Investigations into the jail dietaries of the United Provinces with some observations on the influence of dietary on the physical development and well-being of the people of the United Provinces - Number 48
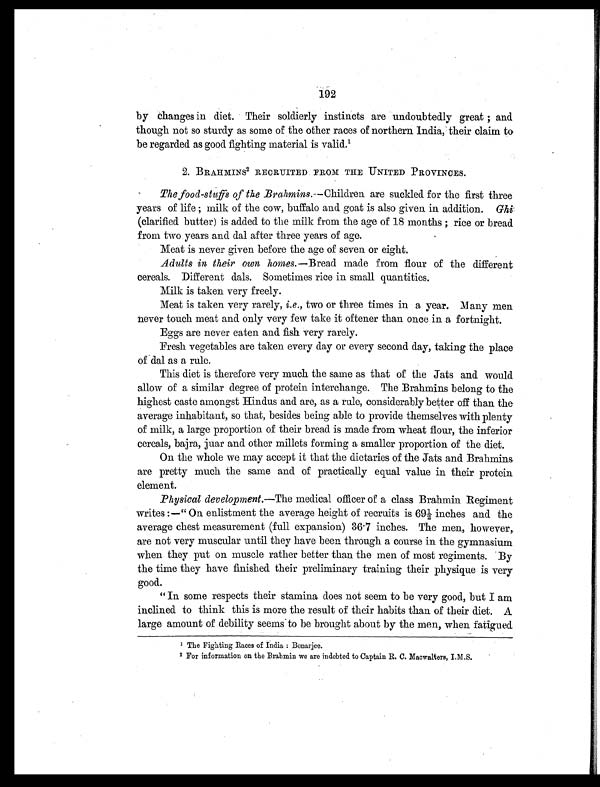
192
by Changes in diet. Their soldierly instincts are undoubtedly great ; and
though not so sturdy as some of the other races of northern India, their claim to
be regarded as good fighting material is valid.1
2. BRAHMINS2 RECRUITED. FROM THE UNITED PROVINCES.
The food-stuffs of the Brahmins.—Children are suckled for the first three
years of life ; milk of the cow, buffalo and goat is also given in addition. Ghi
(clarified butter) is added to the milk from the age of 18 months ; rice or bread
from two years and dal after three years of age.
Meat is never given before the age of seven or eight.
Adults in their own homes. —Bread made from flour of the different
cereals. Different dals. Sometimes rice in small quantities.
Milk is taken very freely.
Meat is taken very rarely, i.e. , two or three times in a year. Many men
never touch meat and only very few take it oftener than once in a fortnight.
Eggs are never eaten and fish very rarely.
Fresh vegetables are taken every day or every second day, taking the place
of dal as a rule.
This diet is therefore very much the same as that of the Jats and would
allow of a similar degree of protein interchange. The Brahmins belong to the
highest caste amongst Hindus and are, as a rule, considerably better off than the
average inhabitant, so that, besides being able to provide themselves with plenty
of milk, a large proportion of their bread is made from wheat flour, the inferior
cereals, bajra, juar and other millets forming a smaller proportion of the diet.
On the whole we may accept it that the dietaries of the Jats and Brahmins
are pretty much the same and of practically equal value in their protein
element.
Physical development. —The medical officer of a class Brahmin Regiment
writes :—" On enlistment the average height of recruits is 69½ inches and the
average chest measurement (full expansion) 36 . 7 inches. The men, however,
are not very muscular until they have been through a course in the gymnasium
when they put on muscle rather better than the men of most regiments. By
the time they have finished their preliminary training their physique is very
good.
" In some respects their stamina does not seem to be very good, but I am
inclined to think this is more the result of their habits than of their diet. A
large amount of debility seems to be brought about by the men, when fatigued
1 T h e F i g h t i n g R a c e s o f I n d i a : B o n a r j e e .
2 For information on the Brahmin we are indebted to Captain R. C. Macwalters, I.M.S.